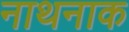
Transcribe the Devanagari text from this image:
नाथनाक